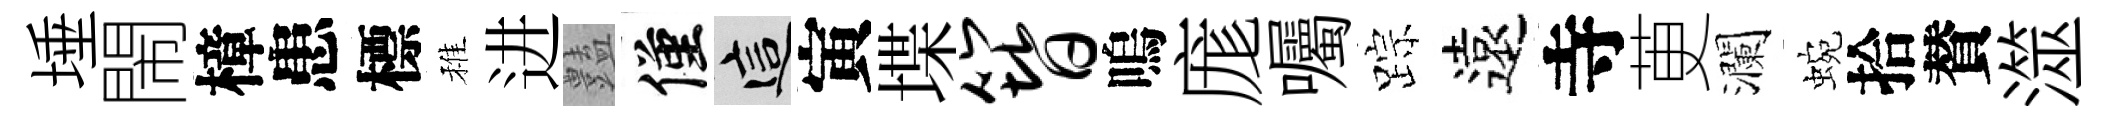
埵閙樟患標稚进𧰟僅這寅堞簪嗚庬囑踪遠寺茰瀾蜿拾賛澨